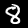
Digit: 8